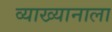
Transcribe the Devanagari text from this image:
व्याख्यानाला